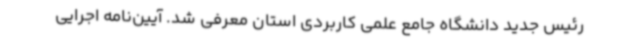
رئیس جدید دانشگاه جامع علمی کاربردی استان معرفی شد. آیین‌نامه اجرایی